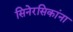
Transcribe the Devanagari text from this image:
सिनेरसिकांना